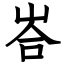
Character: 峇